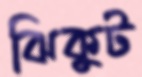
ঝিকুট